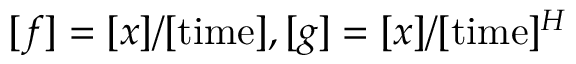
[ f ] = [ x ] / [ \mathrm { t i m e } ] , [ g ] = [ x ] / [ \mathrm { t i m e } ] ^ { H }